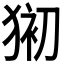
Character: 𱮆